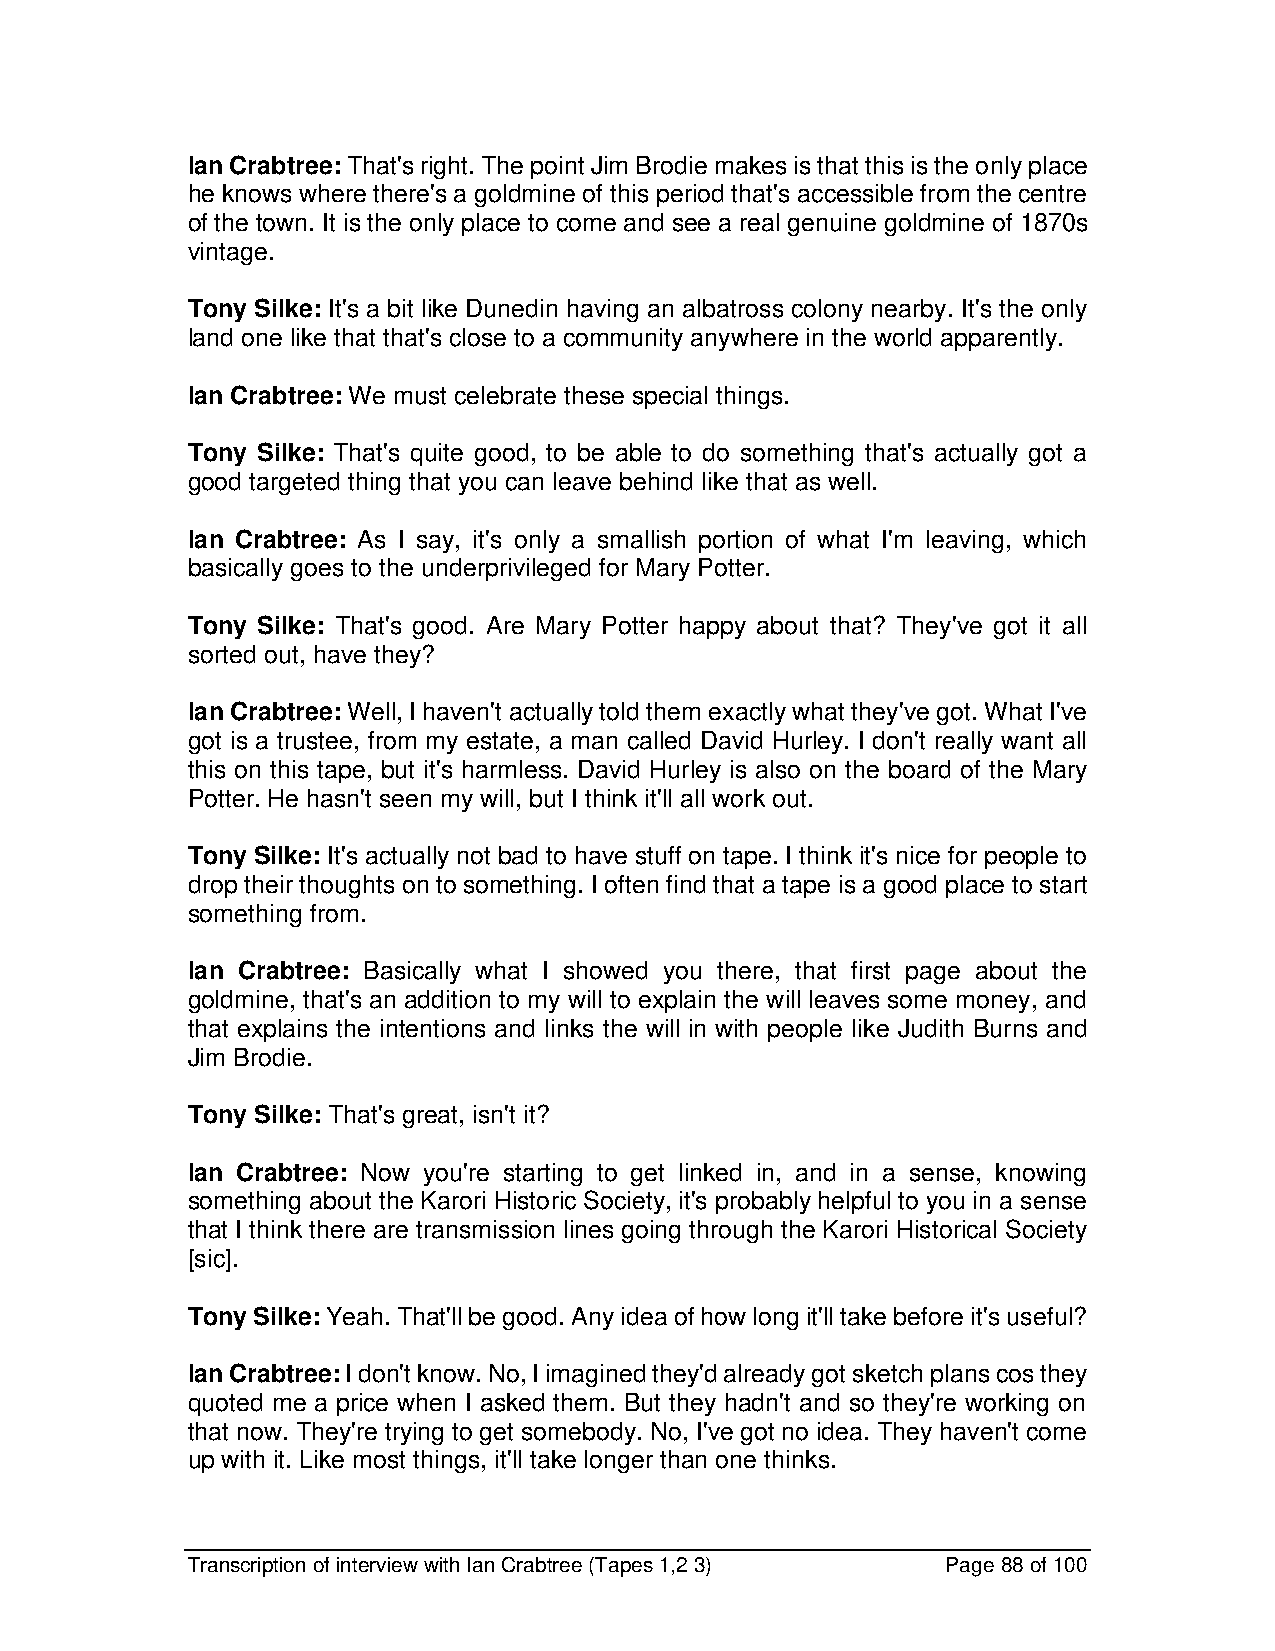
Ian Crabtree: That's right. The point Jim Brodie makes is that this is the only place
 he knows where there's a goldmine of this period that's accessible from the centre
 of the town. It is the only place to come and see a real genuine goldmine of 1870s
 vintage.
 Tony Silke: It's a bit like Dunedin having an albatross colony nearby. It's the only
 land one like that that's close to a community anywhere in the world apparently.
 Ian Crabtree: We must celebrate these special things.
 Tony Silke: That's quite good, to be able to do something that's actually got a
 good targeted thing that you can leave behind like that as well.
 Ian Crabtree: As I say, it's only a smallish portion of what I'm leaving, which
 basically goes to the underprivileged for Mary Potter.
 Tony Silke: That's good. Are Mary Potter happy about that? They've got it all
 sorted out, have they?
 Ian Crabtree: Well, I haven't actually told them exactly what they've got. What I've
 got is a trustee, from my estate, a man called David Hurley. I don't really want all
 this on this tape, but it's harmless. David Hurley is also on the board of the Mary
 Potter. He hasn't seen my will, but I think it'll all work out.
 Tony Silke: It's actually not bad to have stuff on tape. I think it's nice for people to
 drop their thoughts on to something. I often find that a tape is a good place to start
 something from.
 Ian Crabtree: Basically what I showed you there, that first page about the
 goldmine, that's an addition to my will to explain the will leaves some money, and
 that explains the intentions and links the will in with people like Judith Burns and
 Jim Brodie.
 Tony Silke: That's great, isn't it?
 Ian Crabtree: Now you're starting to get linked in, and in a sense, knowing
 something about the Karori Historic Society, it's probably helpful to you in a sense
 that I think there are transmission lines going through the Karori Historical Society
 [sic].
 Tony Silke: Yeah. That'll be good. Any idea of how long it'll take before it's useful?
 Ian Crabtree: I don't know. No, I imagined they'd already got sketch plans cos they
 quoted me a price when I asked them. But they hadn't and so they're working on
 that now. They're trying to get somebody. No, I've got no idea. They haven't come
 up with it. Like most things, it'll take longer than one thinks.
 Transcription of interview with Ian Crabtree (Tapes 1,2 3) Page 88 of 100